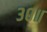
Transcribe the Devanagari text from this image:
३०॥